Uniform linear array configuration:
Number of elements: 32
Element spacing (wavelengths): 0.5
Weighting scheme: kaiser
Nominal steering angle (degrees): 0
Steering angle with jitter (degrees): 0.1987
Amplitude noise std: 0.05
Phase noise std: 0.05

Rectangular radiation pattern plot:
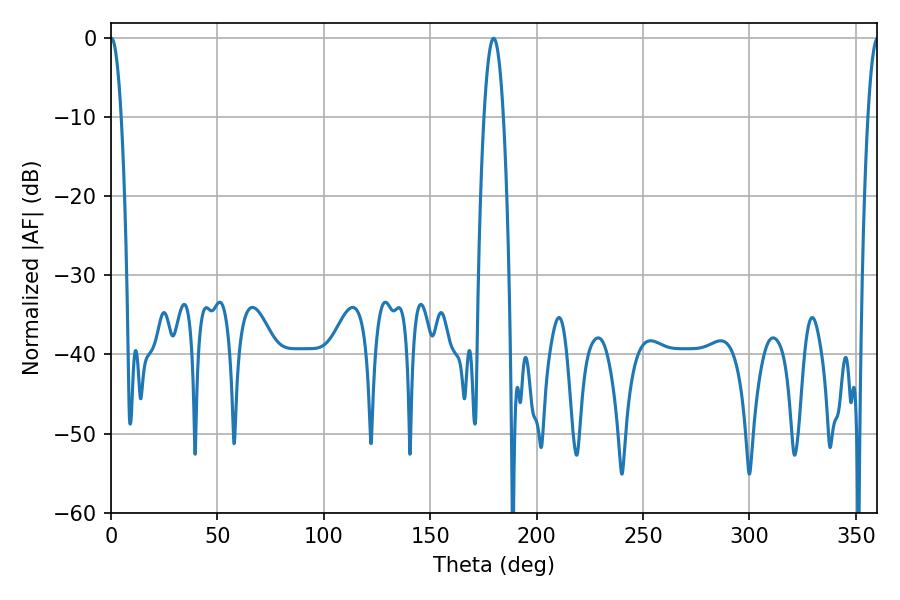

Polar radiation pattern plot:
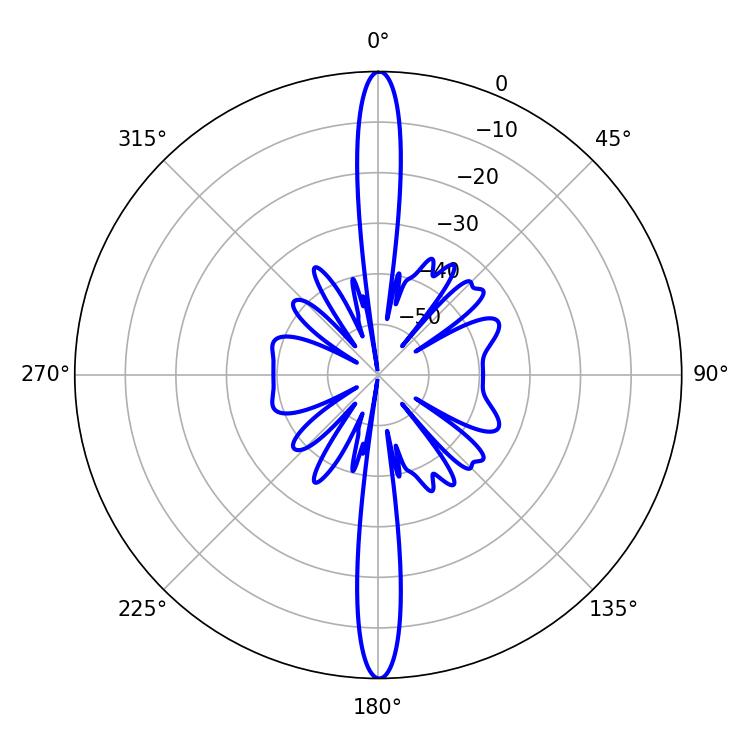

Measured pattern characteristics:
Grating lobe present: FALSE
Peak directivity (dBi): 33.349
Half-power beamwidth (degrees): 2.7
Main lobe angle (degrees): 0.18